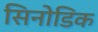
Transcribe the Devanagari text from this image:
सिनोडिक